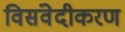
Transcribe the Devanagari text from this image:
विसंवेदीकरण